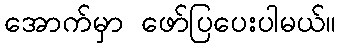
အောက်မှာ ဖော်ပြပေးပါမယ်။